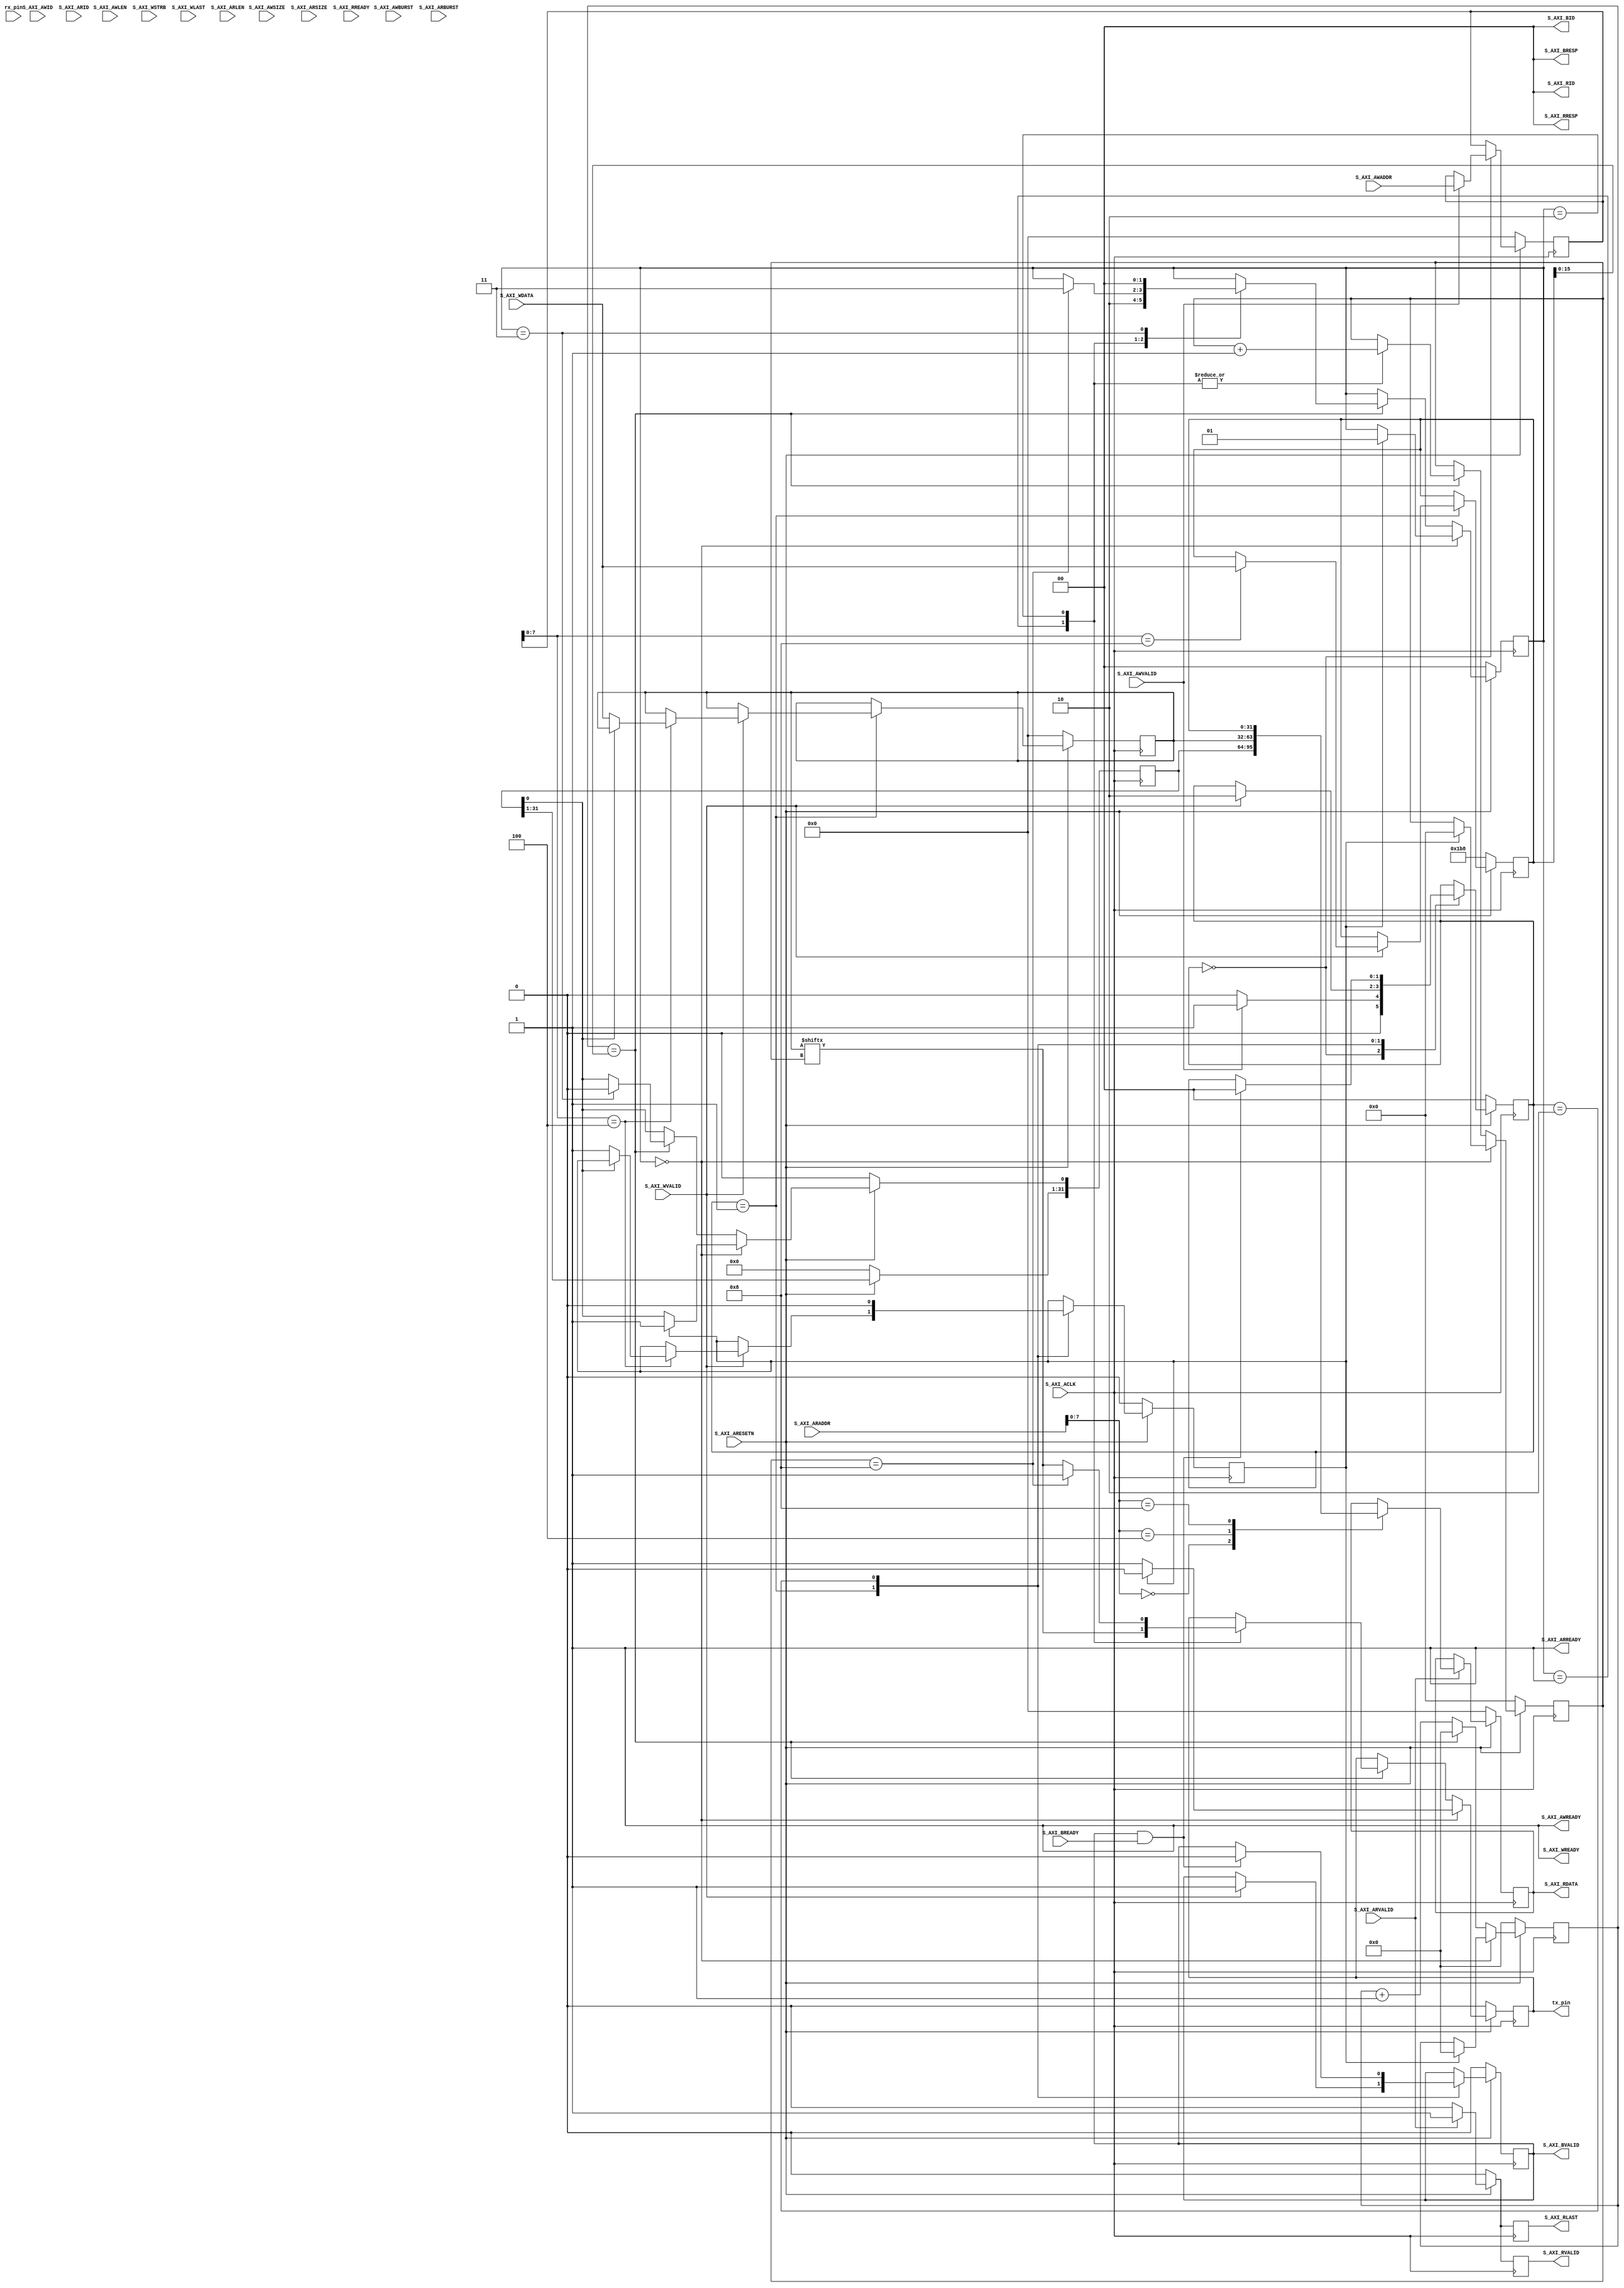
//      start|Data|Stop
//bits    1     8    1
//level   0     x    1
//data

module uart#                 //Cache   
	(
		parameter                                   WIDTH_ID	    = 2,
		parameter                                   WIDTH_DA	    = 32,
		parameter                                   WIDTH_AD	    = 32
	)
	(
		input wire                                  S_AXI_ACLK      ,
		input wire                                  S_AXI_ARESETN   ,

        /*Write Address Channel*/
		input wire [WIDTH_ID-1 : 0]                 S_AXI_AWID      ,
		input wire [WIDTH_AD-1 : 0]                 S_AXI_AWADDR    ,
		input wire [3 : 0]                          S_AXI_AWLEN     ,
		input wire [2 : 0]                          S_AXI_AWSIZE    ,
		input wire [1 : 0]                          S_AXI_AWBURST   ,
		input wire                                  S_AXI_AWVALID   ,
		output wire                                 S_AXI_AWREADY   ,

        /*Write Data Channel*/
		input wire [WIDTH_DA-1 : 0]                 S_AXI_WDATA     ,
		input wire [(WIDTH_DA/8)-1 : 0]             S_AXI_WSTRB     ,
		input wire                                  S_AXI_WLAST     ,
		input wire                                  S_AXI_WVALID    ,
		output wire                                 S_AXI_WREADY    ,

        /*Write Response (B) Channel*/
		output wire [WIDTH_ID-1 : 0]                S_AXI_BID       ,
		output wire [1 : 0]                         S_AXI_BRESP     ,
		output wire                                 S_AXI_BVALID    ,
		input wire                                  S_AXI_BREADY    ,

        /*Read Address Channel*/
		input wire [WIDTH_ID-1 : 0]                 S_AXI_ARID      ,
		input wire [WIDTH_AD-1 : 0]                 S_AXI_ARADDR    ,
		input wire [3 : 0]                          S_AXI_ARLEN     ,
		input wire [2 : 0]                          S_AXI_ARSIZE    ,
		input wire [1 : 0]                          S_AXI_ARBURST   ,
		input wire                                  S_AXI_ARVALID   ,
		output wire                                 S_AXI_ARREADY   ,

        /*Read Data Channel*/
		output wire [WIDTH_ID-1 : 0]                S_AXI_RID       ,
		output wire [WIDTH_DA-1 : 0]                S_AXI_RDATA     ,
		output wire [1 : 0]                         S_AXI_RRESP     ,
		output wire                                 S_AXI_RLAST     ,
		output wire                                 S_AXI_RVALID    ,
		input wire                                  S_AXI_RREADY    ,


        //
        input   wire                                rx_pin,
        output  wire                                tx_pin
);

    localparam BAUD_115200 = 32'h1B8;



    localparam REG_STATE = 8'h0;
    localparam REG_TX = 8'h4;
    localparam REG_BAUD = 8'h8;



    //control regs

    //[0], tx_using --- 1--using, 0--idle  ro
    reg [31:0]  uart_state;


    reg [31:0]  uart_tx;


    reg [31:0]  uart_baud;



/**********************FSM************************/
//
    reg [1:0]                           W_state;

    localparam  W_Idle  = 0;
    localparam  W_Trans = 1;
    localparam  W_Wait  = 2;
    
    
    reg [1:0]                           R_state;
    
    localparam  R_Idle  = 0;
    localparam  R_Receive   = 1;


    reg [1:0]                           TX_state;

    localparam TX_Idle = 0;
    localparam TX_Start = 1;
    localparam TX_Send = 2;
    localparam TX_Stop = 3;
    
    /**********************reg_def*************************/
    reg [WIDTH_AD-1 : 0]            r_s_axi_awaddr                          ;
    reg [7 : 0]                     r_s_axi_awlen                           ;
    
    reg [WIDTH_AD-1 : 0]            r_s_axi_araddr                          ;
    reg [7 : 0]                     r_s_axi_arlen                           ;
    
    reg                             r_s_axi_rvalid                          ;
    reg  [31:0]                     r_s_axi_rdata                           ;
    reg                             r_s_axi_rlast                           ;
    
    reg                             r_s_axi_bvalid                          ;


    reg                             tx_reg;
    reg                             tx_valid_req;
    
    /*********************************************/
    assign              S_AXI_AWREADY   = 1'b1                              ;
    
    assign              S_AXI_WREADY    = 1'b1                              ;
    
    
    assign              S_AXI_BID       = 'd0                               ;
    assign              S_AXI_BRESP     = 'd0                               ;
    assign              S_AXI_BVALID    = r_s_axi_bvalid                    ;
    
    assign              S_AXI_ARREADY   = 1'b1                              ;
    
    assign              S_AXI_RID       = 'd0                               ;
    assign              S_AXI_RDATA     = r_s_axi_rdata                     ;
    assign              S_AXI_RRESP     = 'd0                               ;
    assign              S_AXI_RLAST     = r_s_axi_rlast                     ; 
    assign              S_AXI_RVALID    = r_s_axi_rvalid                    ;

    assign              tx_pin          = tx_reg                            ;





    /*Write Transaction*/
always @(posedge S_AXI_ACLK) begin
    if(S_AXI_ARESETN == 1'b0) begin
      W_state <= W_Idle;
  
      r_s_axi_awaddr <= 32'd0;
      r_s_axi_awlen <= 'd0;
      r_s_axi_bvalid <= 1'b0;

      uart_tx <= 32'd0;
      uart_baud <= BAUD_115200;

      tx_valid_req <= 1'b0;
    end

    else begin
      case(W_state)
        W_Idle:begin
  
          if(S_AXI_AWVALID == 1'b1 && S_AXI_AWREADY== 1'b1) begin
  
            r_s_axi_awaddr <= S_AXI_AWADDR;
            r_s_axi_awlen <= S_AXI_AWLEN;

            W_state <= W_Trans;
  
          end else
            W_state <= W_Idle;
        end
  
        W_Trans:begin

            if(S_AXI_WVALID &&S_AXI_WREADY)begin

            case(r_s_axi_awaddr[7:0])
                REG_TX:begin
                    if(uart_state[0] == 1'b0)begin
                        uart_tx <= S_AXI_WDATA;
                        tx_valid_req <= 1'b1;
                    end
                end
                REG_BAUD:begin
                    uart_baud <= S_AXI_WDATA;
                end

                default:;
            endcase

            
                r_s_axi_bvalid <= 1'b1;
                W_state <= W_Wait;  
            end
        end
  
        W_Wait:begin

            tx_valid_req <= 1'b0;

          if(S_AXI_BVALID == 1'b1 && S_AXI_BREADY == 1'b1)begin
  
            W_state <= W_Idle;
            r_s_axi_bvalid <= 1'b0;

          end
        
        end
      
        default:;
      endcase
    
    end
  
  end
  
  
  /*Read Transaction*/
  always@(posedge S_AXI_ACLK)begin
    if(S_AXI_ARESETN == 1'b0) begin
        R_state <= R_Idle;
  
        r_s_axi_araddr <= 32'd0;
        r_s_axi_arlen <= 'd0;
        
        r_s_axi_rvalid <= 'd0;
        r_s_axi_rdata <= 'd0;
        r_s_axi_rlast <= 'd0;
    end
  
    else begin

          r_s_axi_rvalid <= 1'b0;
          r_s_axi_rlast <= 1'b0;

          if(S_AXI_ARVALID == 1'b1 && S_AXI_ARVALID == 1'b1) begin
            r_s_axi_araddr <= S_AXI_ARADDR;
            r_s_axi_arlen <= S_AXI_ARLEN;


            R_state <= R_Receive;

            r_s_axi_rvalid <= 1'b1;
            r_s_axi_rlast  <= 1'b1;

            case(S_AXI_ARADDR[7:0])
                REG_STATE:begin
                    r_s_axi_rdata <= uart_state;
                end
                REG_TX:begin
                    r_s_axi_rdata <= uart_tx;
                end
                REG_BAUD:begin
                    r_s_axi_rdata <= uart_baud;
                end

                default:;

            endcase
            
        end
  
  
    
    end
  
  end




//-----------------------------------------------TX
reg [15:0]                 cycle_cnt;
reg [3:0]                  bit_cnt;




always@(posedge S_AXI_ACLK)begin
    if(S_AXI_ARESETN == 1'b0)begin
        uart_state <= 32'd0;

        TX_state <= TX_Idle;
        cycle_cnt <= 16'd0;
        bit_cnt <= 4'd0;
        tx_reg <= 1'b0;
    end
    else begin
        if(TX_state == TX_Idle)begin
            tx_reg <= 1'b1;
            if(tx_valid_req)begin
                uart_state[0] <= 1'b1;  //using

                TX_state <= TX_Start;
                cycle_cnt <= 16'd0;
                bit_cnt <= 4'd0;
                tx_reg <= 1'b0;
            end
        end
        else begin
            cycle_cnt <= cycle_cnt + 16'd1;

            if(cycle_cnt == uart_baud[15:0])begin
                cycle_cnt <= 16'd0;
            

                case(TX_state)
                    TX_Start:begin
                        tx_reg <= uart_tx[bit_cnt];
                        bit_cnt <= bit_cnt + 4'd1;
                        TX_state <= TX_Send;
                    end
                    TX_Send:begin
                        bit_cnt <= bit_cnt + 4'd1;
                        if(bit_cnt == 4'd8)begin
                            TX_state <= TX_Stop;
                            tx_reg <= 1'b1; //
                        end
                        else 
                            tx_reg <= uart_tx[bit_cnt];
                    end
                    TX_Stop:begin
                        TX_state <= TX_Idle;

                        uart_state[0] <= 1'b0;
                    
                    end
                
            
                    default:;
                endcase
            
            end
        
        
        end
    
    
    end



end






endmodule